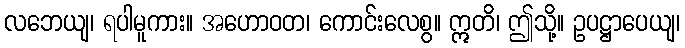
လဘေယျ၊ ရပါမူကား။ အဟောဝတ၊ ကောင်းလေစွ။ ဣတိ၊ ဤသို့။ ဥပဋ္ဌာပေယျ၊